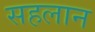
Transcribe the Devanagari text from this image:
सहलान